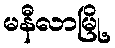
မနီလာမြို့